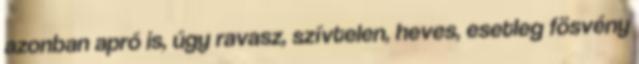
azonban apró is, úgy ravasz, szívtelen, heves, esetleg fösvény